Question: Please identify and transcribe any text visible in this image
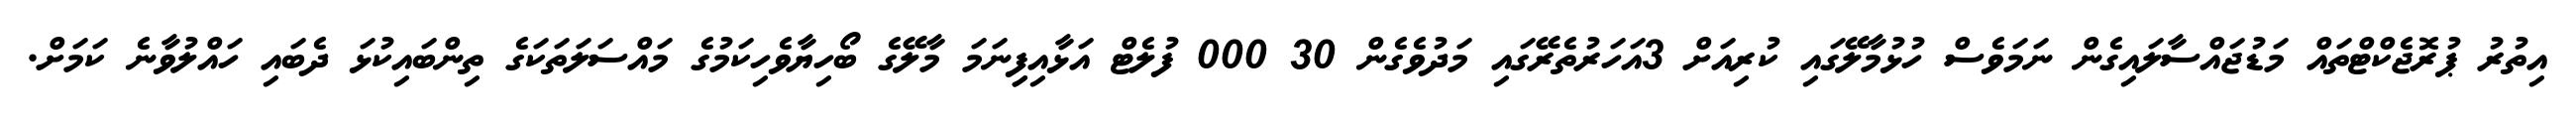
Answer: އިތުރު ޕުރޮޖެކްޓްތައް މަޑުޖައްސާލައިގެން ނަމަވެސް ހުޅުމާލޭގައި ކުރިއަށް 3އަހަރުތެރޭގައި މަދުވެގެން 30 000 ފުލެޓް އަޅާއިފިިނަމަ މާލޭގެ ބޯހިޔާވެހިކަމުގެ މައްސަލަތަކަގެ ތިންބައިކުޅަ ދެބައި ހައްލުވާނެ ކަމަށް.